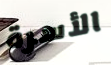
الأسرة